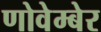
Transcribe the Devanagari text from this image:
णोवेम्बेर